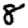
Digit: 8